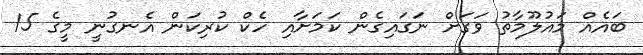
ބައެއް މައުލޫމާތު ވަގަށް ނަގައިގެން ކަމަށާއި ހެކް ކުރިކަން އެނގުނީ މީގެ 15